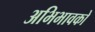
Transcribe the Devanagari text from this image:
अभिभावको